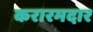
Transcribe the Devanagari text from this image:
करारमदार